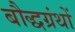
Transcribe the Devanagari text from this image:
बौद्धग्रंथों